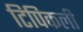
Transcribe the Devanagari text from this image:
टिपिकली